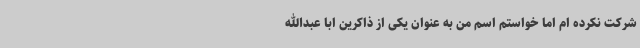
شرکت نکرده ام اما خواستم اسم من به عنوان یکی از ذاکرین ابا عبدالله